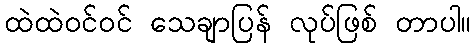
ထဲထဲဝင်ဝင် သေချာပြန် လုပ်ဖြစ် တာပါ။